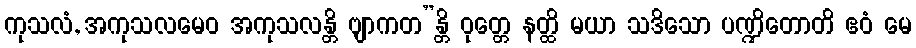
ကုသလံ, အကုသလမေဝ အကုသလန္တိ ဗျာကတ”န္တိ ဝုတ္တေ နတ္ထိ မယာ သဒိသော ပဏ္ဍိတောတိ ဧဝံ မေ